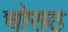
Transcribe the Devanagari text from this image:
चोसठ